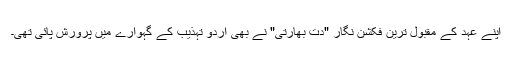
اپنے عہد کے مقبول ترین فکشن نگار "دت بھارتی" نے بھی اردو تہذیب کے گہوارے میں پرورش پائی تھی۔